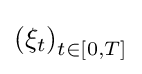
\left(\xi _{t}\right)_{t\in [0,T]}